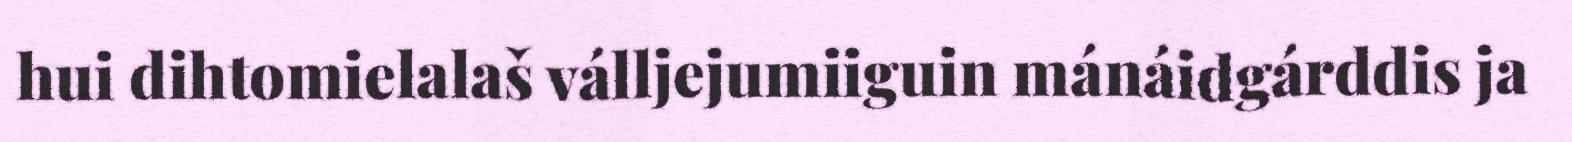
hui dihtomielalaš válljejumiiguin mánáidgárddis ja